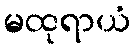
မထုရာယံ